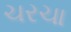
ચરચા